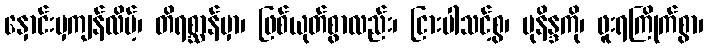
နှောင်းမှကျန်လိမ့်၊ တိရစ္ဆာန်မှာ၊ ဖြစ်ယုတ်စွာလည်း၊ ငြားပါသင့်စွ၊ မုနိန္ဒကို၊ ဖူးရကြိုက်စွာ၊